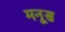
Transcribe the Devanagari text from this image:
मनूस